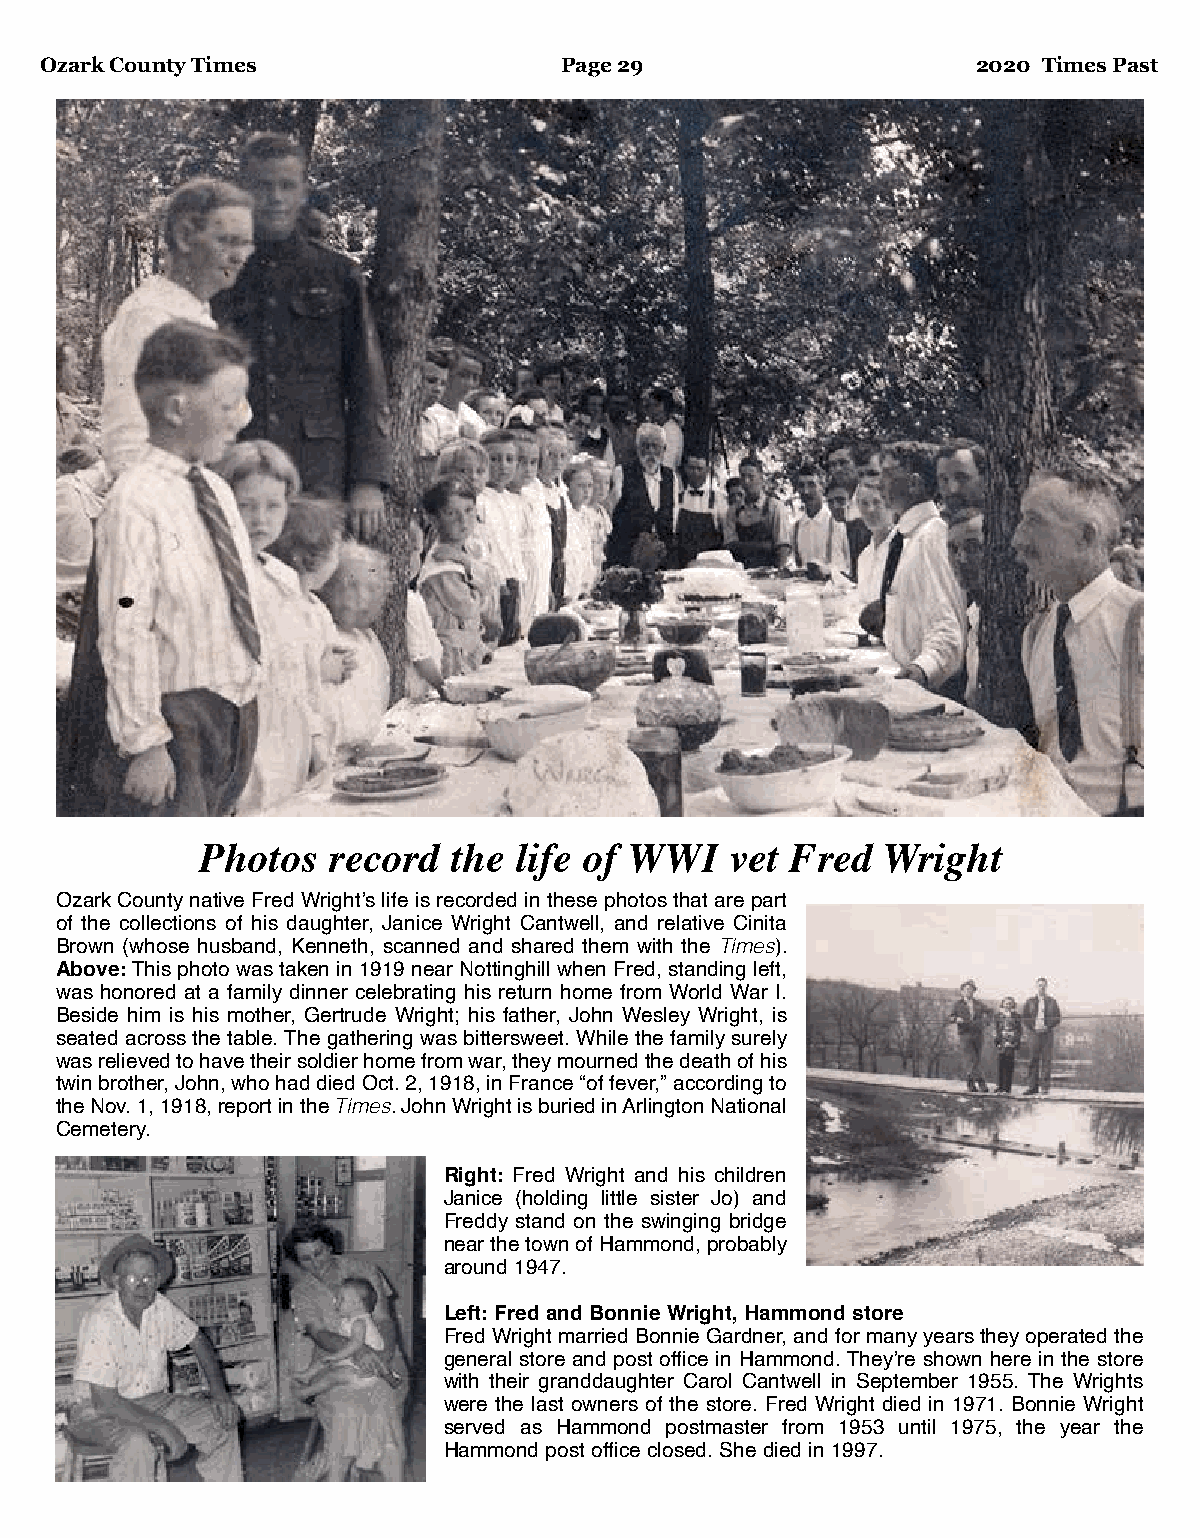
Ozark County Times                Page 29                     2020 Times Past
 Photos   record  the life of WWI   vet Fred   Wright
 Ozark County native Fred Wright’s life is recorded in these photos that are part
 of the collections of his daughter, Janice Wright Cantwell, and relative Cinita
 Brown (whose husband, Kenneth, scanned and shared them with the Times).
 Above: This photo was taken in 1919 near Nottinghill when Fred, standing left,
 was honored at a family dinner celebrating his return home from World War I.
 Beside him is his mother, Gertrude Wright; his father, John Wesley Wright, is
 seated across the table. The gathering was bittersweet. While the family surely
 was relieved to have their soldier home from war, they mourned the death of his
 twin brother, John, who had died Oct. 2, 1918, in France “of fever,” according to
 the Nov. 1, 1918, report in the Times. John Wright is buried in Arlington National
 Cemetery.
 Right: Fred Wright and his children
 Janice (holding little sister Jo) and
 Freddy stand on the swinging bridge
 near the town of Hammond, probably
 around 1947.
 Left: Fred and Bonnie Wright, Hammond store
 Fred Wright married Bonnie Gardner, and for many years they operated the
 general store and post office in Hammond. They’re shown here in the store
 with their granddaughter Carol Cantwell in September 1955. The Wrights
 were the last owners of the store. Fred Wright died in 1971. Bonnie Wright
 served as Hammond postmaster from 1953 until 1975, the year the
 Hammond post office closed. She died in 1997.